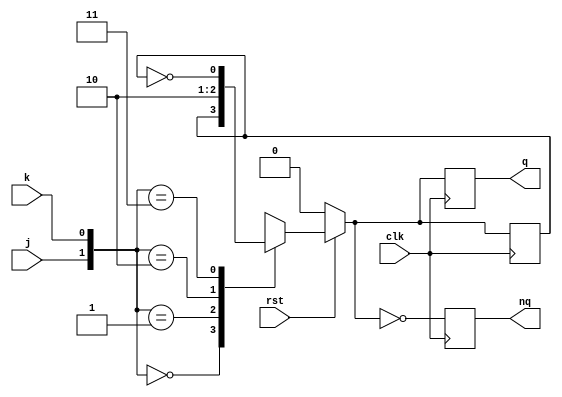
module ff (rst, j, k, clk, q, nq);
   
   input rst,j,k,clk;
   output reg q, nq;
    
   always@(posedge clk) begin : MAIN
      reg q_tmp;
      
      if( rst == 'b0 )
	q_tmp = 'b0;
      else begin
	 case({j,k})
	   'b00: q_tmp = q_tmp;
	   'b01: q_tmp = 'b1;
	   'b10: q_tmp = 'b0;
	   'b11: q_tmp = ~q_tmp;
	   default : q_tmp = 'bx;
	   
	 endcase; // case ({j,k})
       end
	 q = q_tmp;
	 nq = ~q_tmp;
	 
      end
   
endmodule